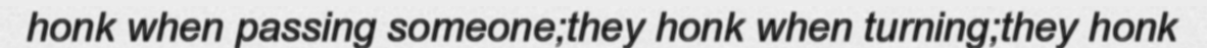
honk when passing someone;they honk when turning;they honk